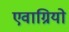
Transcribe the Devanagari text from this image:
एवाग्रियो